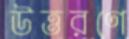
উত্তরণে